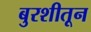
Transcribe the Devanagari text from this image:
बुरशीतून